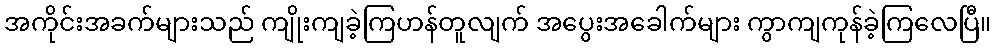
အကိုင်းအခက်များသည် ကျိုးကျခဲ့ကြဟန်တူလျက် အပွေးအခေါက်များ ကွာကျကုန်ခဲ့ကြလေပြီ။